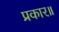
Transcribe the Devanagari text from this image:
प्रकार॥